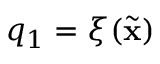
q _ { 1 } = \xi ( \ensuremath { { \widetilde { \mathbf { x } } } } )